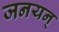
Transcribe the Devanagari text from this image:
जनयन्